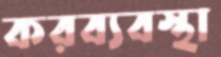
করব্যবস্থা